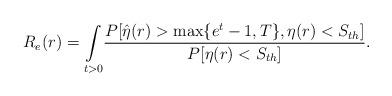
LaTeX: \begin{align*}R_e(r)=\underset{t>0}\int\frac{ P[\hat{\eta}(r)>\max\{e^t-1,T\},\eta(r)<S_{th}]}{{P[\eta(r)<S_{th}]}} .\end{align*}